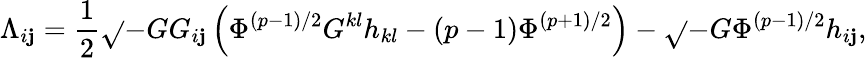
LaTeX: {\Lambda}_{i\mathbf{j}}=\frac{{1}}{{2}}\sqrt{}{{-G}}G_{i\mathbf{j}}\left({\Phi}^{(p-1)/2}G^{kl}h_{kl}-(p-1){\Phi}^{(p+1)/2}\right)-\sqrt{}{{-G}}{\Phi}^{(p-1)/2}h_{i\mathbf{j}},